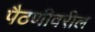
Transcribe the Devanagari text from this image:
पैठणीवरील